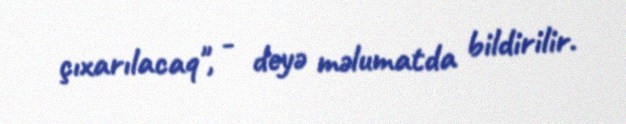
çıxarılacaq", - deyə məlumatda bildirilir.